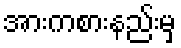
အားကစားနည်းမှ